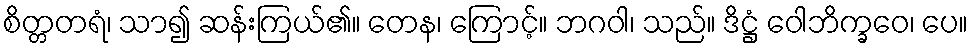
စိတ္တတရံ၊ သာ၍ ဆန်းကြယ်၏။ တေန၊ ကြောင့်။ ဘဂဝါ၊ သည်။ ဒိဋ္ဌံ ဝေါဘိက္ခဝေ၊ ပေ။